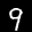
Label: 9